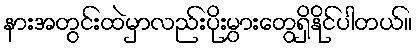
နားအတွင်းထဲမှာလည်းပိုးမွှားတွေရှိနိုင်ပါတယ်။